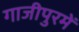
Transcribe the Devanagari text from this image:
गाजीपुरमें